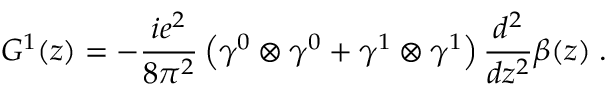
G ^ { 1 } ( z ) = - \frac { i e ^ { 2 } } { 8 \pi ^ { 2 } } \left( \gamma ^ { 0 } \otimes \gamma ^ { 0 } + \gamma ^ { 1 } \otimes \gamma ^ { 1 } \right) \frac { d ^ { 2 } } { d z ^ { 2 } } \beta ( z ) \; .